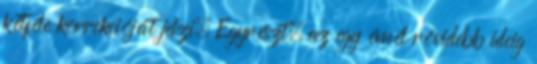
kétféle korrekcióját jelzi. Egyrészt, az egy évnél rövidebb ideig